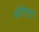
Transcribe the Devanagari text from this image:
डोरेनुमा